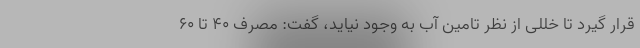
قرار گیرد تا خللی از نظر تامین آب به وجود نیاید، گفت: مصرف 40 تا 60